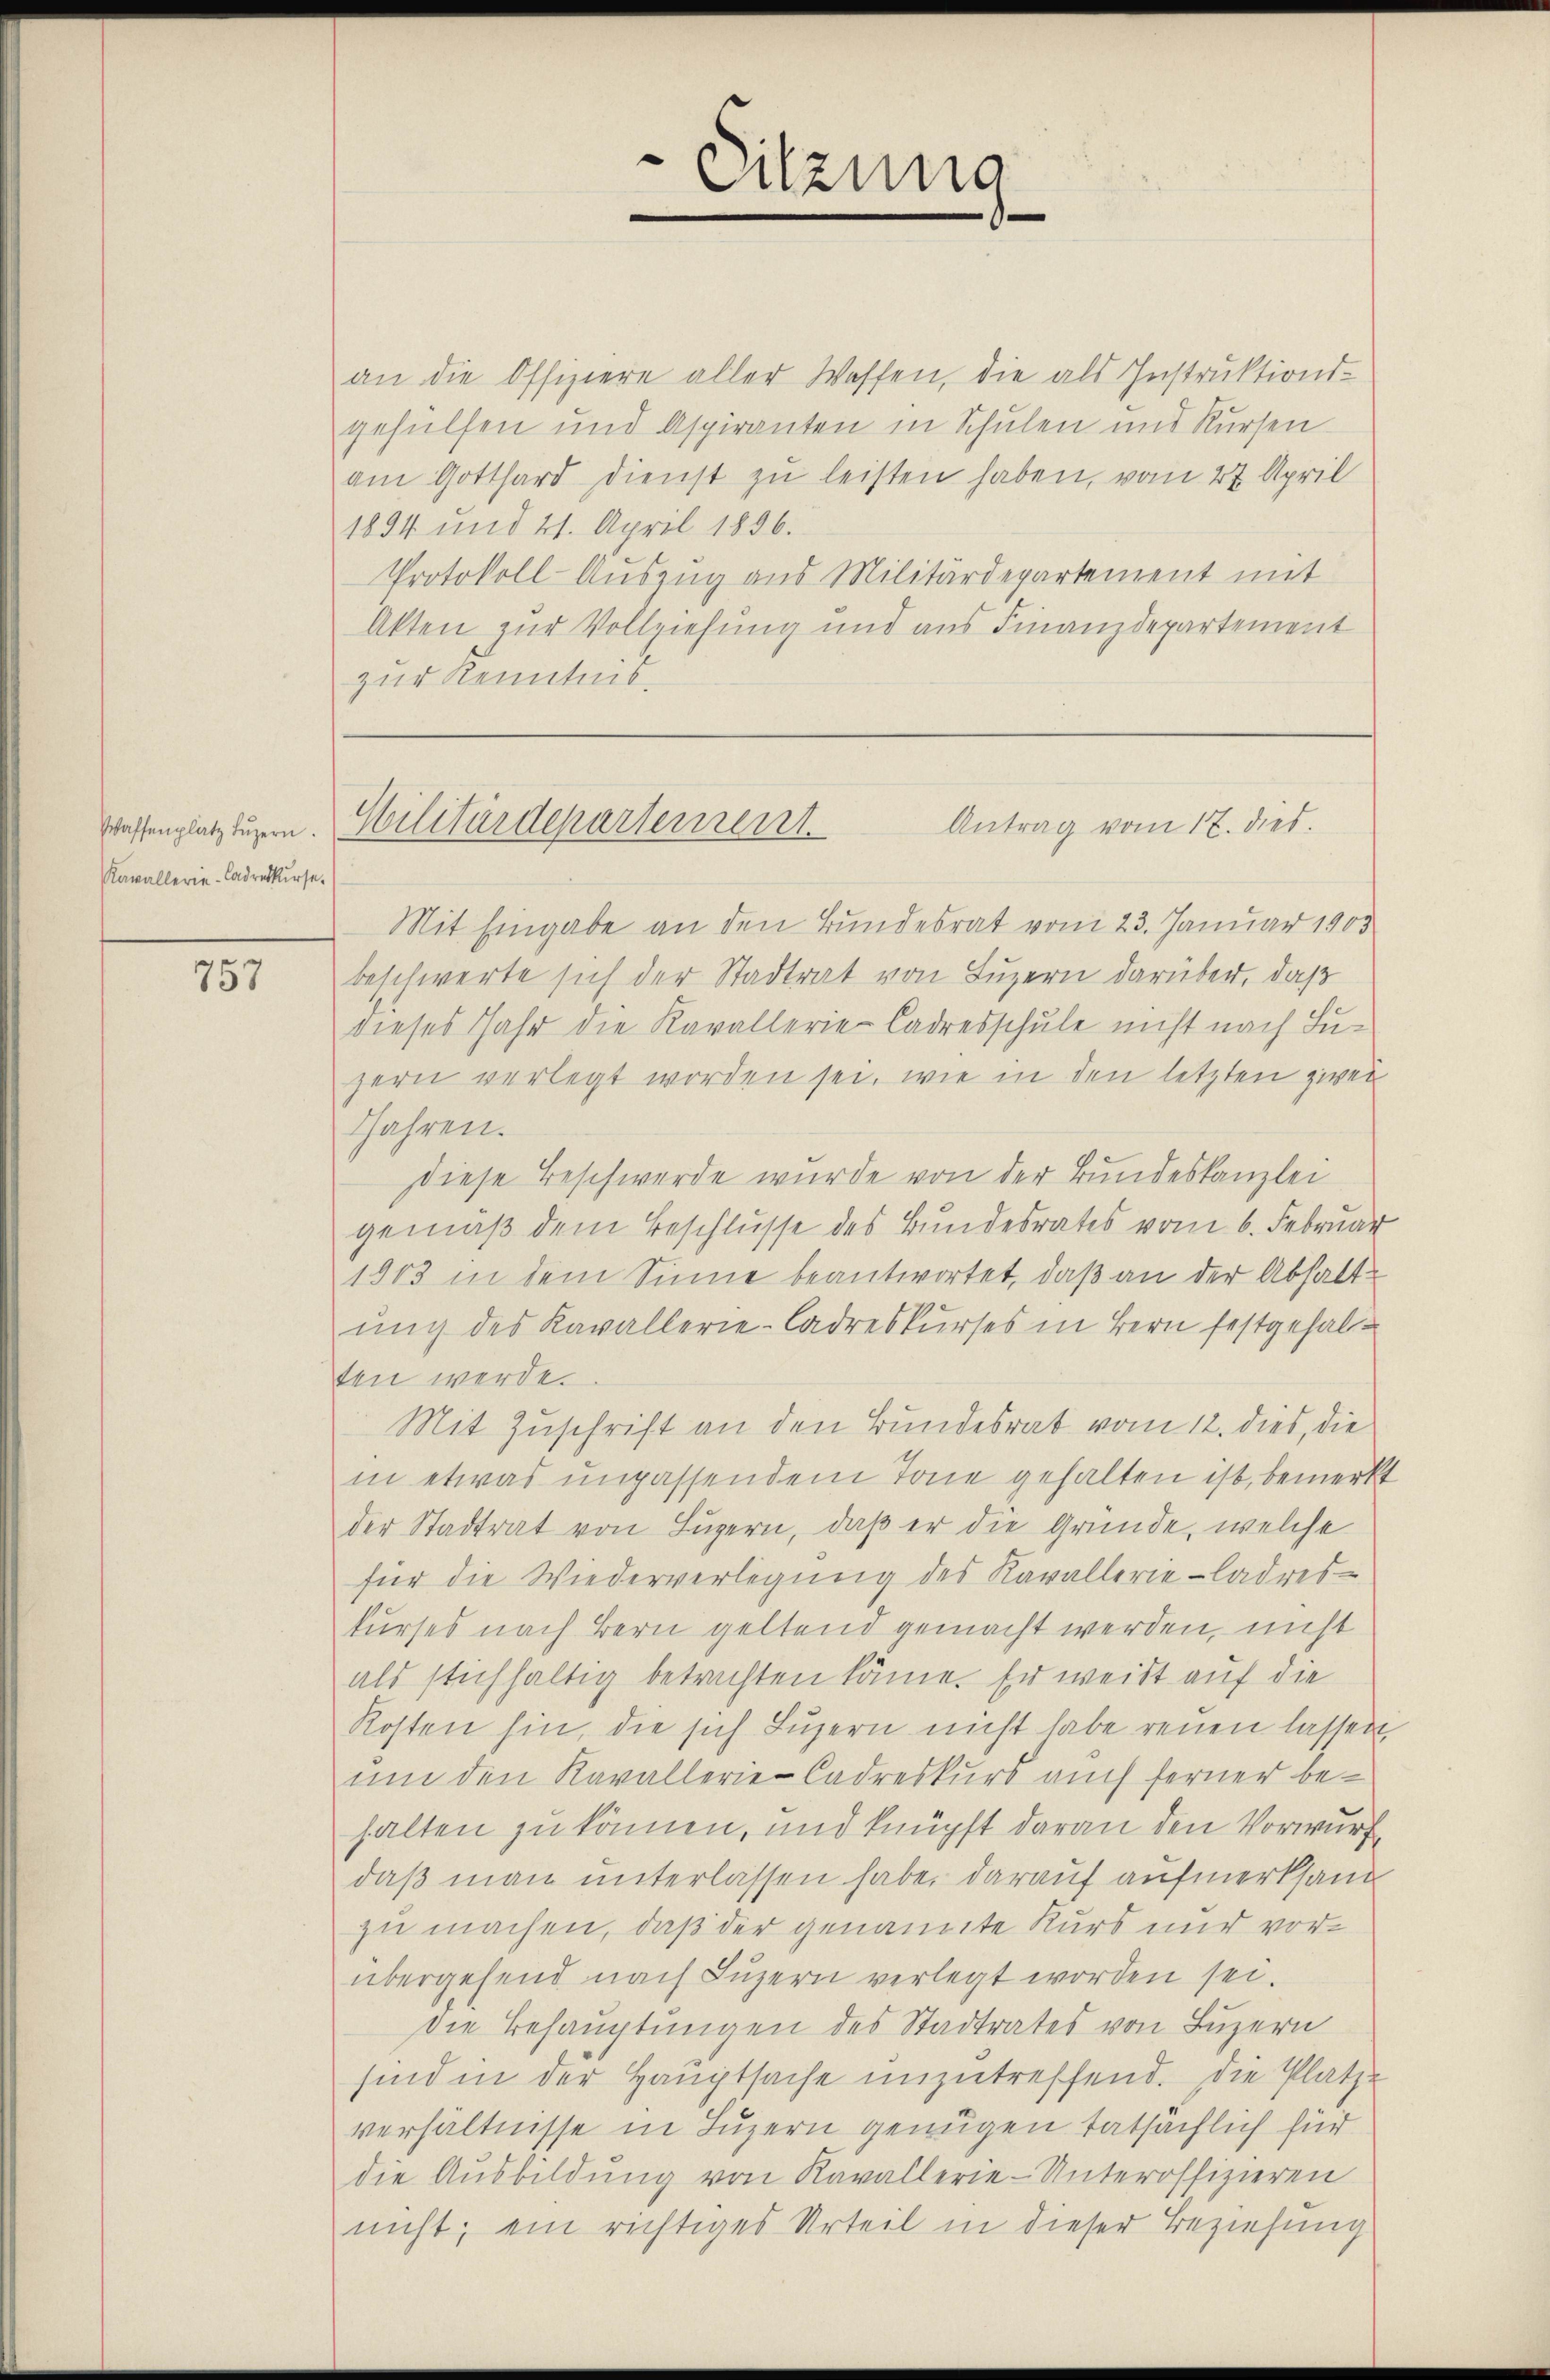
Waffenplatz Lŭzern.
Kavallerie-Cadrekurse.

757

an die Offiziere aller Wassen, die als Instruktions-
gehülfen und Aspiranten in Schulen und Kursen
am Gotthard dienst zu leisten haben, vom 27. April
1834 und 21. April 1896.
Protokoll-Auszug aus Militärdepartement mit
Akten zur Vollziehung und aus Finanzdepartement
zur Kenntnis.

Sitzung
e

Antrag vom 17. dies.
Wilitärdepartement.

Mit Eingabe an den Bundesrat vom 23. Januar 1903
beschwerte sich der Stadtrat von Luzern darüber, daß
dieses Jahr die Kavallerie-Cadresschule nicht nach Luzern verlegt worden sei, wie in den letzten zwei
Jahren.
diese Beschwerde wurde von der Bundeskanzlei
gemäß dem Beschlusse des Bundesrates vom 6. Februar
1903 in dem Sinne beantwortet, daß an der Abhalt
ung des Kavallerie-Cadreskurses in Bern festgehalten werde.
Mit Zuschrift an den Bundesrat vom 12. dies, die
in etwas unpassendem Tone gehalten ist, bemerkt
der Stadtrat von Luzern, daß er die Gründe, welche
für die Wiederverlegŭng des Kavallerie-Cadres-
kurses nach Bern geltend gemacht werden, nicht
als stichhaltig betrachten könne. Er weißt auf die
Kosten hin, die sich Luzern nicht habe reuen lassen,
um den Kavallerie-Cadreskurs auch ferner behalten zu können, und knüpft daran den Vorwurf
daß man unterlassen habe, darauf aufmerksan
zu machen, daß der genannte Kurs und vorübergehend nach Luzern verlegt worden sei.
Die Behauptungen des Stadtrates von Luzern
sind in der Hauptsache unzutreffend. Die Platzverhältnisse in Luzern genügen tatsächlich für
die Aŭsbildŭng von Kavallerie-Unteroffizieren
nicht; ein richtiges Urteil in dieser Beziehung